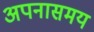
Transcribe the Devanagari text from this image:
अपनासमय